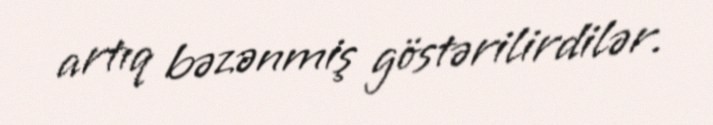
artıq bəzənmiş göstərilirdilər.